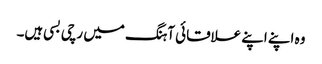
وہ اپنے اپنے علاقائی آہنگ میں رچی بسی ہیں۔